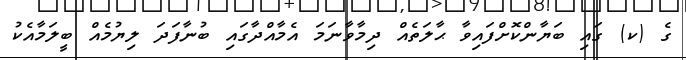
ގެ (ކ) ގައި ބަޔާންކޮށްފައިވާ ޙާލަތެއް ދިމާވާނަމަ އެމާއްދާގައި ބުނާފަދަ ލިޔުމެއް ބީލަމާއެކު